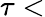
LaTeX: \tau<